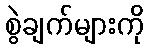
စွဲချက်များကို